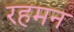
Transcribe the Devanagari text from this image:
रहमन